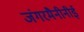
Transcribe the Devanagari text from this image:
जंगरमैनीनीई